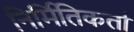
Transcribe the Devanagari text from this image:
निर्मितिकर्ता